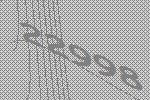
22998